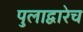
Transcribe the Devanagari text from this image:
पुलाद्वारेच